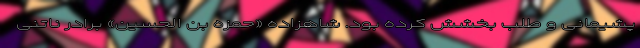
پشیمانی و طلب بخشش کرده بود. شاهزاده «حمزه بن الحسین» برادر ناتنی